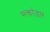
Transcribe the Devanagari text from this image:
भक्तोद्धार